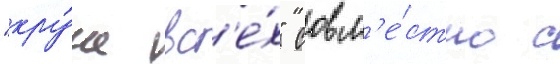
"кру́че вс'е́х" совм'е́стно с